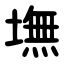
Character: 墲